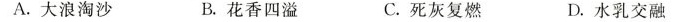
A.大浪淘沙 B.花香四溢 C.死灰复燃 D.水乳交融